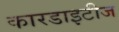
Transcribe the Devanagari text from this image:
कारडाइटीज